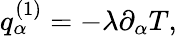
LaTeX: \begin{array}{r}{q_{\alpha}^{(1)}=-\lambda\partial_{\alpha}T,}\end{array}